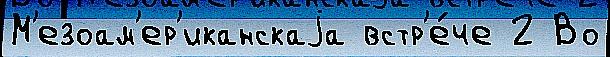
М'езоам'ер'иканскаjа встр'е́че 2 Во